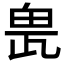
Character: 𤱖